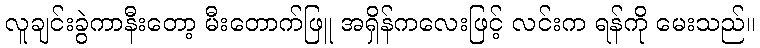
လူချင်းခွဲကာနီးတော့ မီးတောက်ဖြူ အရှိန်ကလေးဖြင့် လင်းက ရန်ကို မေးသည်။